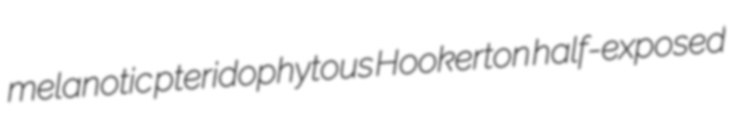
melanotic pteridophytous Hookerton half-exposed